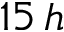
1 5 \, h